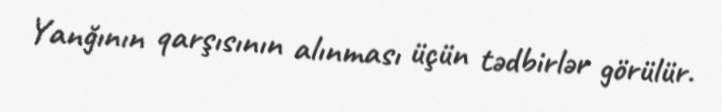
Yanğının qarşısının alınması üçün tədbirlər görülür.